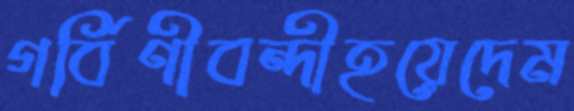
গর্বিণীবন্দীহয়েদেম